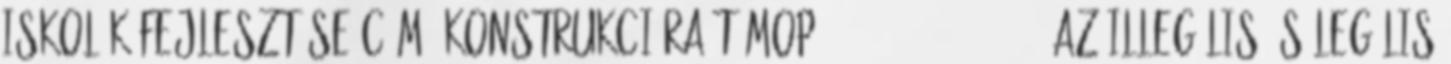
iskolák fejlesztése című konstrukcióra TÁMOP-3.1.4-12 2-2012-0821 Az illegális és legális